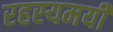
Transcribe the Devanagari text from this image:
रहस्‍यमयी